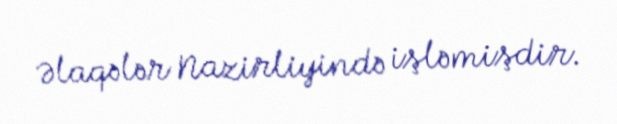
Əlaqələr Nazirliyində işləmişdir.